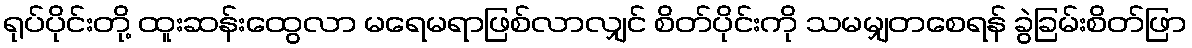
ရုပ်ပိုင်းတို့ ထူးဆန်းထွေလာ မရေမရာဖြစ်လာလျှင် စိတ်ပိုင်းကို သမမျှတစေရန် ခွဲခြမ်းစိတ်ဖြာ